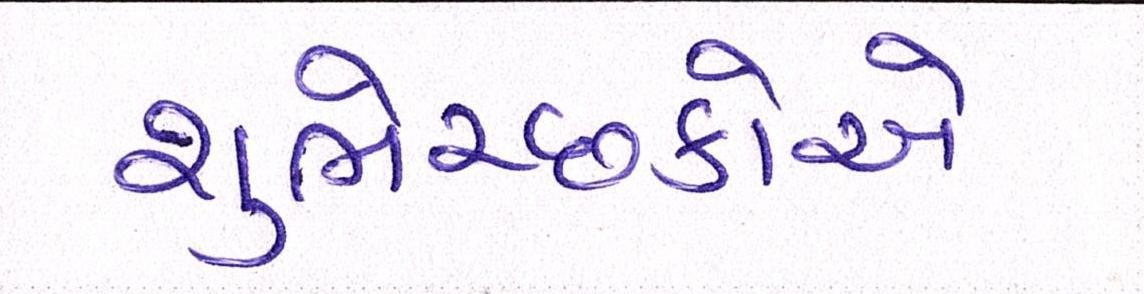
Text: શુભેચ્છકોએ